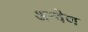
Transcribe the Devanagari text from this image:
अन्वेण